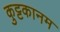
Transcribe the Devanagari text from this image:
कुट्टकानम